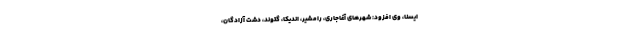
ایسنا، وی افزود: شهرهای آغاجاری، رامشیر، اندیکا، گتوند، دشت آزادگان،